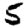
Digit: 5